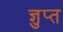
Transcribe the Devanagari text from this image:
ज्ञुप्‍त